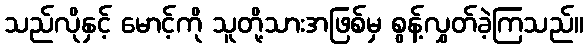
သည်လိုနှင့် မောင့်ကို သူတို့သားအဖြစ်မှ စွန့်လွှတ်ခဲ့ကြသည်။